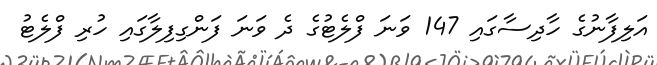
އަލިފާނުގެ ހާދިސާގައި 147 ވަނަ ފްލެޓުގެ ދެ ވަނަ ފަންގިފިލާގައި ހުރި ފްލެޓު